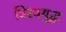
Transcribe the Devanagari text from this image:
विश्‍वयुद्ध